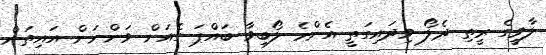
ލާވީގެ ރީތި ދެލޯ ވިދައިގަތީ އެންމެ ލޯބިވާ ބައްޕަ ގެއަށް ވަންނަން އައިތަން